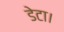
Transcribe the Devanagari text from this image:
डेटा।